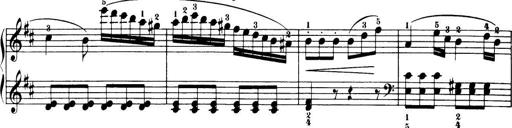
Title: 32 Sonatinas and Rondos for the Piano
Composer: Richard Kleinmichel